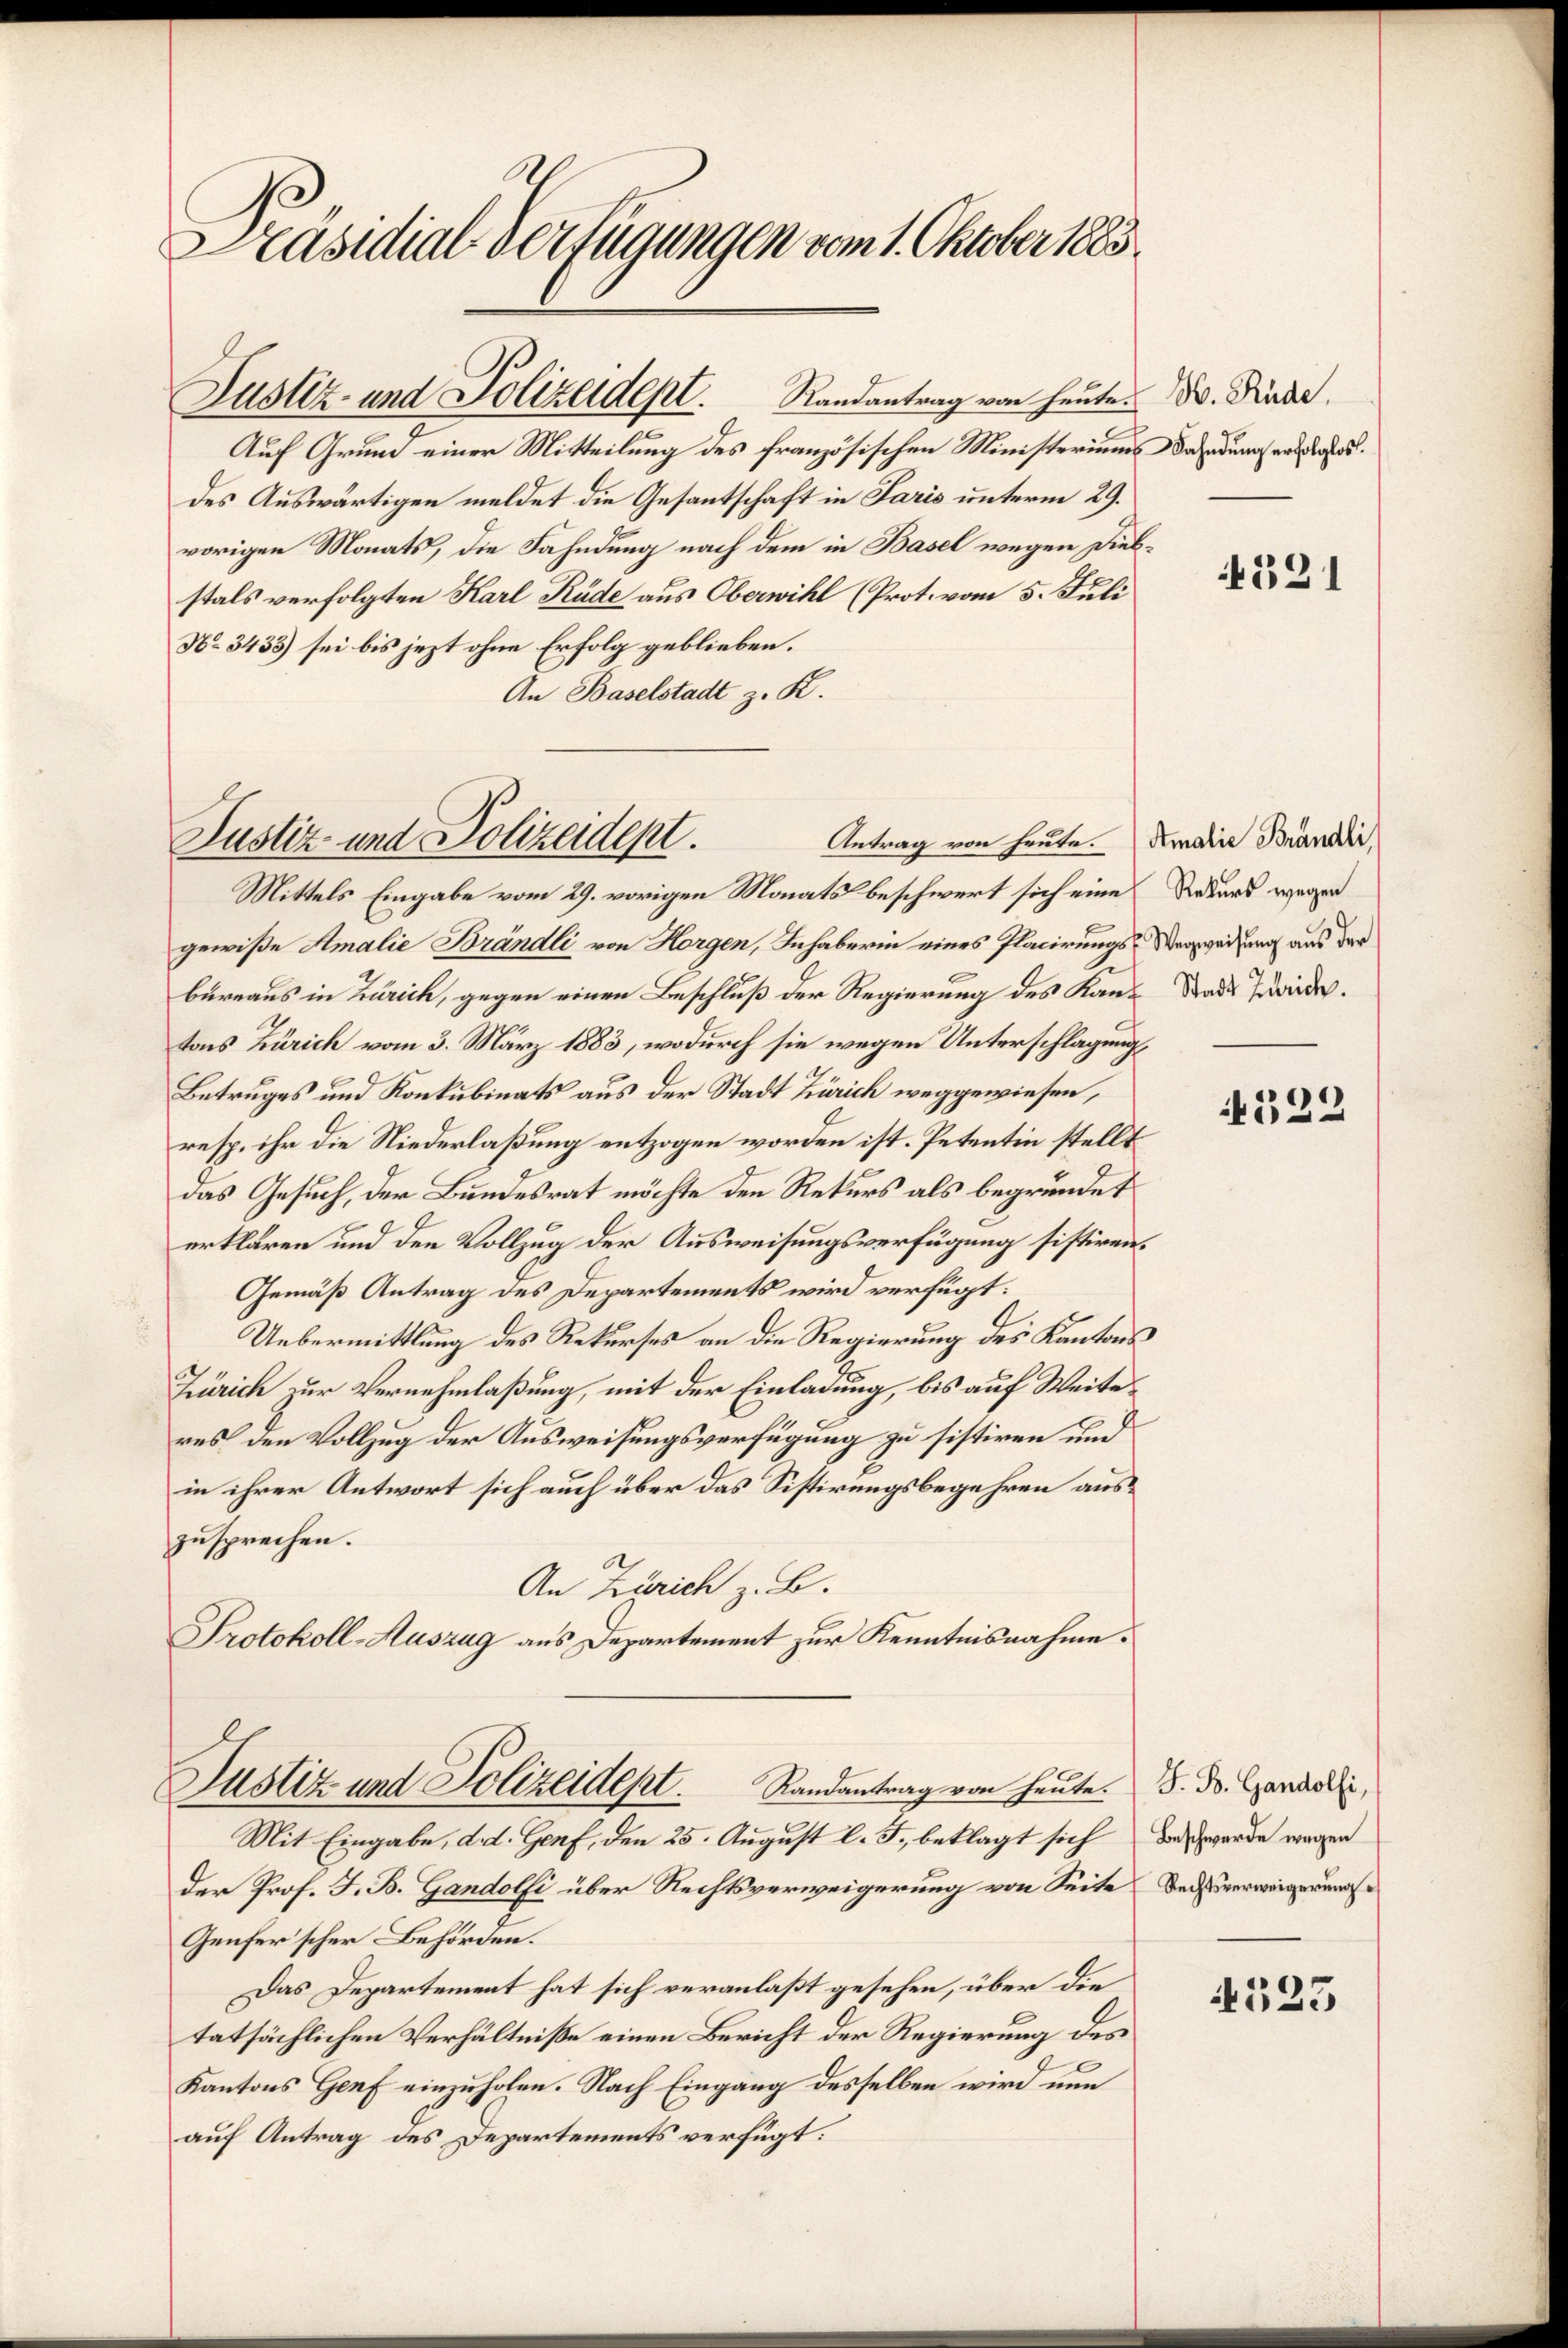
Präsidial-Verfügungen vom 1. Oktober 1883

Auf Grund einer Mitteilung des französischen Ministeriums Bahndung und
des Auswärtigen meldet die Gesantschaft in Paris unterm 29.
vorigen Monats, die Fahndung nach dem in Basel wegen Diebstals verfolgten Karl Rüde aus Oberwill (Prot. vom 5. Juli
No 3433) sei bis jezt ohne Erfolg geblieben.
An Baselstadt z. K.
Antrag von heute. Amalie Brändli
gewiße Amalie Brändli von Horgen, Inhaberin eines Placirungs-Verweisung aus der
büreaus in Zürich, gegen einen Beschluß der Regierung des Kantons Zürich vom 3. März 1883, wodurch sie wegen Unterschlagung,
Betruges und Konkubinats aus der Stadt Zürich weggewiesen,
resp. ihr die Niederlaßung entzogen worden ist. Petentin stellt
das Gesuch, der Bundesrat möchte den Rekurs als begründet
erklären und den Vollzug der Ausweisungsverfügung sistiren.
Gemäß Antrag des Departements wird verfügt:
Uebermittlung des Rekurses an die Regierung des Kantons
Zürich zur Vernehmlaßung, mit der Einladung, bis auf Weite
res den Vollzug der Ausweisungsverfügung zu sistiren und
in ihrer Antwort sich auch über das Sistirungsbegehren auszusprechen.
An Zürich z. B.
Protokoll-Auszug aus Departement zur Kenntnisnahme.

Justiz- und Polizeident. Randantrag von heute. D. Rede.

Justiz- und Polizeidept.
Mittels Eingabe vom 29. vorigen Monats beschwert sich eine Rekurs wegen

Justiz und Polizeidept. Randantrag von heute.
Mit Eingabe, d. d. Genf, den 25. August l. J., beklagt sich das werde wegen

Der Prof. F. B. Gandolfi über Rechtsverweigerung von Seite
Genfer’scher Behörden.
Das Departement hat sich veranlaßt gesehen, über die
tatsächlichen Verhältniße einen Bericht der Regierung des
Kantons Genf einzuholen. Nach Eingang desselben wird nun
auf Antrag des Departements verfügt:

521

Stadt Zürich.

1
453

J. B. Gandolfi,
Rechtsverweigerung

4523